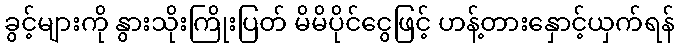
ခွင့်များကို နွားသိုးကြိုးပြတ် မိမိပိုင်ငွေဖြင့် ဟန့်တားနှောင့်ယှက်ရန်